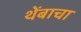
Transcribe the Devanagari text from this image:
थेंबाचा